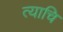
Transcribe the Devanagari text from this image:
त्याचि